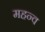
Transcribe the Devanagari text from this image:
महन्व